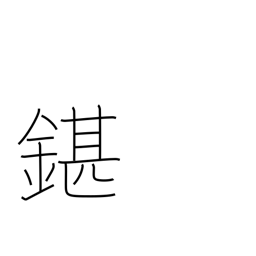
Meaning: unsatisfactory